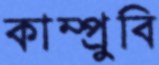
কাম্প্রুবি